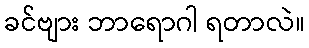
ခင်ဗျား ဘာရောဂါ ရတာလဲ။